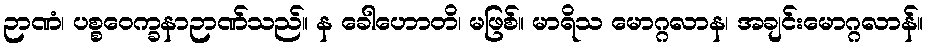
ဉာဏံ၊ ပစ္စဝေက္ခနာဉာဏ်သည်။ န ခေါဟောတိ၊ မဖြစ်။ မာရိသ မောဂ္ဂလာန၊ အချင်းမောဂ္ဂလာန်။